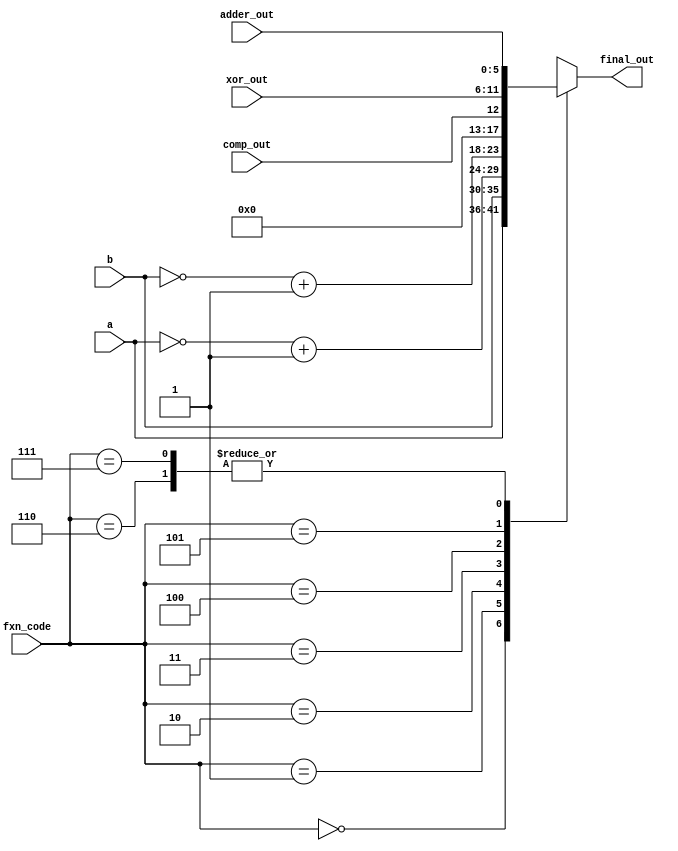
`timescale 1ns / 1ps
// Sets the ALU output based on the fxn instruction
module output_mux(
    input wire [2:0] fxn_code, // fxn instruction
    input wire [5:0] a, // input a
    input wire [5:0] b, // input b
    input wire [5:0] adder_out, // output of adder
    input wire comp_out, // output of comparator
    input wire [5:0] xor_out, // output of xor
    output reg [5:0] final_out // using a reg since value will be changed in always block
    );
    
    reg [2:0]instruct; // internal reg of fxn code since will be change in always block
    
    always @(*)
        begin
            instruct = fxn_code;
            case(instruct)
                3'b000: final_out = a;
                3'b001: final_out = b;
                3'b010: final_out = ~a + 'b1; // twos complement of a (invert and add 1)
                3'b011: final_out = ~b + 'b1; // twos complement of b (invert and add 1)
                3'b100: final_out = {5'b00000, comp_out}; // concatenate 5zeros with 1bit result
                3'b101: final_out = xor_out;
                3'b110: final_out = adder_out;
                3'b111: final_out = adder_out;
            endcase
        end
    
endmodule